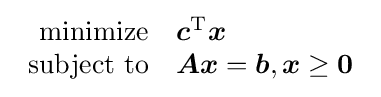
{\begin{array}{rl}{\text{minimize}}&{\boldsymbol {c}}^{\mathrm {T} }{\boldsymbol {x}}\\{\text{subject to}}&{\boldsymbol {Ax}}={\boldsymbol {b}},{\boldsymbol {x}}\geq {\boldsymbol {0}}\end{array}}